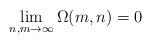
LaTeX: \begin{align*} \lim_{n,m\rightarrow \infty}\Omega(m,n)=0\end{align*}